Lunatic asylums Punjab 1911-1921 - 1911-1921
Year: 1911
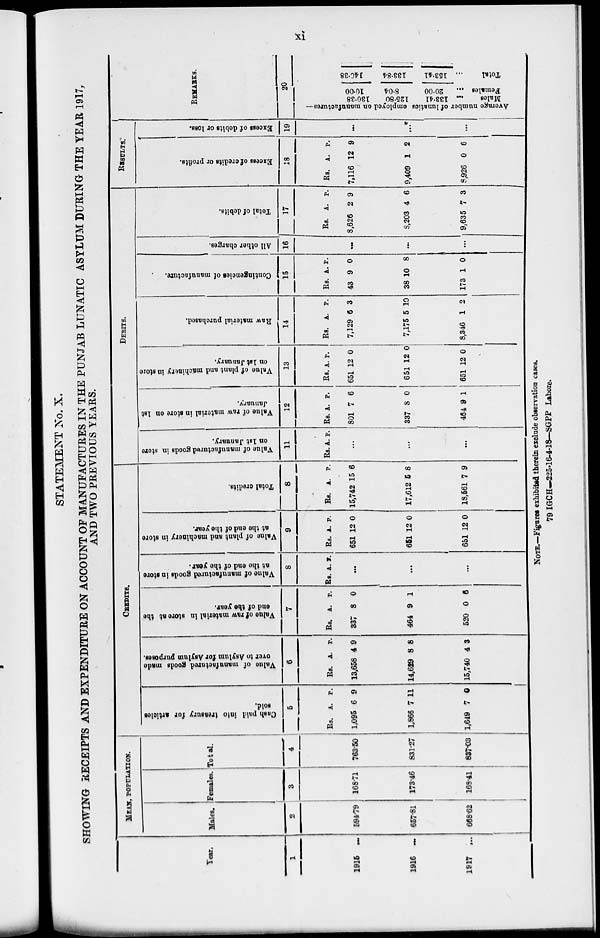
xi
STATEMENT No. X.
SHOWING RECEIPTS AND EXPENDITURE ON ACCOUNT OF MANUFACTURES IN THE PUNJAB LUNATIC ASYLUM DURING THE YEAR 1917,
AND TWO PREVIOUS YEARS.
Year.
1
1915
...
1916 ...
1917
...
MEAN, POPULATION.
Males.
2
594.79
657.81
668.62
Females.
3
168.71
173.46
168.41
Total.
4
763.50
831.27
837.03
CREDITS.
Cash paid into treasury for articles
sold.
5
Rs.
1,095
1,866
1,649
A.
6
7
7
P.
9
11
0
Value
of manufactured goods made
over to Asylum for Asylum purposes.
6
Rs.
13,658
14,629
15,740
A.
4
8
4
P.
9
8
3
Value
of raw material in store at the
end of the year.
7
Rs.
337
464
520
A.
8
9
0
P.
0
1
6
Value
of manufactured goods in store
at the end of the year.
8
Rs. A. P.
...
...
...
Value of plant and machinery
in store
at the end of the year.
9
Rs.
651
651
651
A.
12
12
12
P.
0
0
0
Total credits.
8
Rs.
15,742
17,612
18,561
A.
15
5
7
P.
6
8
9
DEBITS.
Value of manufactured goods in store
on 1st January.
11
Rs. A. P.
...
...
...
Value of raw material in store on 1st
January.
12
Rs.
801
337
464
A.
7
8
9
P.
6
0
1
Value
of plant and machinery in store
on 1st January.
13
Rs.
651
651
651
A.
12
12
12
P.
0
0
0
Raw
material purchased.
14
Rs.
7,129
7,175
8,346
A.
6
5
1
P.
3
10
2
Contingencies of manufacture.
15
Rs.
43
38
173
A.
9
10
1
P.
0
8
0
All other charges.
16
...
...
...
Total of debits.
17
Rs.
8,626
8,203
9,635
A.
2
4
7
P.
9
6
3
RESULTS.
Excess of credits or profits.
18
Rs.
7,116
9,409
8,926
A.
12
1
0
P.
9
2
6
Excess of debits or loss.
19
...
...
...
REMARKS.
20
Average number of lunatics employed on manufactures—
130.38
125.80
133.41
Males
...
10.00
8.04
20.00
Females ...
140.38
133.84
153.41
Total ...
NOTE.—Figures exhibited therein exclude observation cases.
79 IGCH—225-16-4-18—SGPP Lahore.